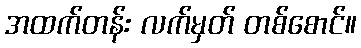
အထက်တန်း လက်မှတ် တစ်စောင်။